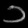
Digit: ၁